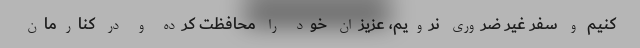
کنیم و سفر غیر ضروری نرویم، عزیزان خود را محافظت کرده و در کنارمان